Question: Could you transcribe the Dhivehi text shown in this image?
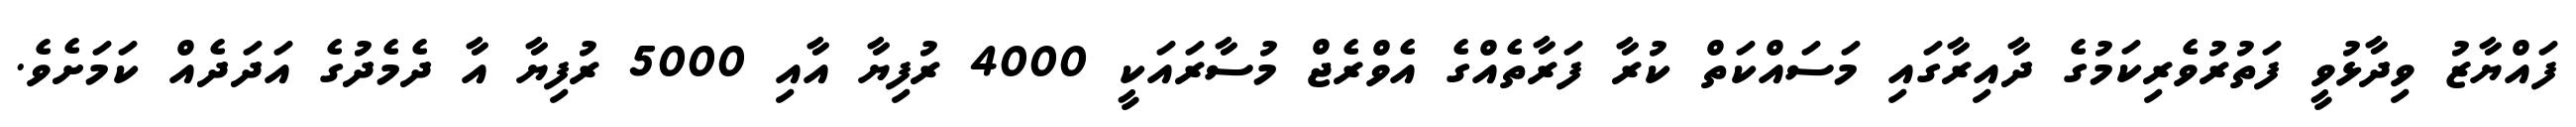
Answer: ފައްޔާޒު ވިދާޅުވީ ފަތުރުވެރިކަމުގެ ދާއިރާގައި މަސައްކަތް ކުރާ ފަރާތެއްގެ އެވްރެޖް މުސާރައަކީ 4000 ރުފިޔާ އާއި 5000 ރުފިޔާ އާ ދެމެދުގެ އަދަދެއް ކަމަށެވެ.